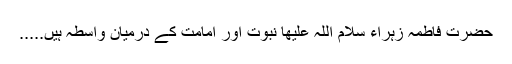
حضرت فاطمہ زہراء سلام اللہ علیھا نبوت اور امامت کے درمیان واسطہ ہیں.....